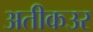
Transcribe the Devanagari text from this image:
अतीकउर